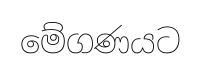
මේගණයට